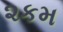
૨કમ